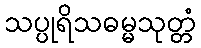
သပ္ပုရိသဓမ္မသုတ္တံ